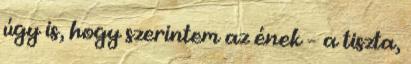
úgy is, hogy szerintem az ének – a tiszta,